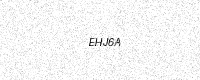
Text: EHJ6A